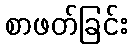
စာဖတ်ခြင်း